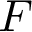
F